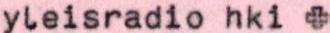
yleisradio hki +